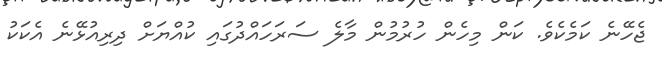
ޖެހޭނެ ކަމެކެވެ. ކަން މިހެން ހުުރުމުން މާލެ ސަރަހައްދުގައި ކުއްޔަށް ދިރިއުޅޭނެ އެކަކު